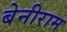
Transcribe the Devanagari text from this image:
बेनीराम